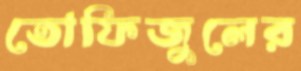
তোফিজুলের